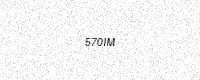
Text: 570IM